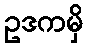
ဥဒကမှိ